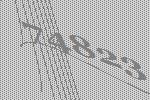
74823